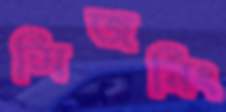
সিজনিং